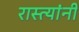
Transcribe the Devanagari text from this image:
रास्त्यांनी